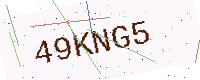
Text: 49KNG5